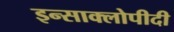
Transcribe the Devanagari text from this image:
इन्साक्लोपीदी